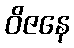
ဝိဇနေ